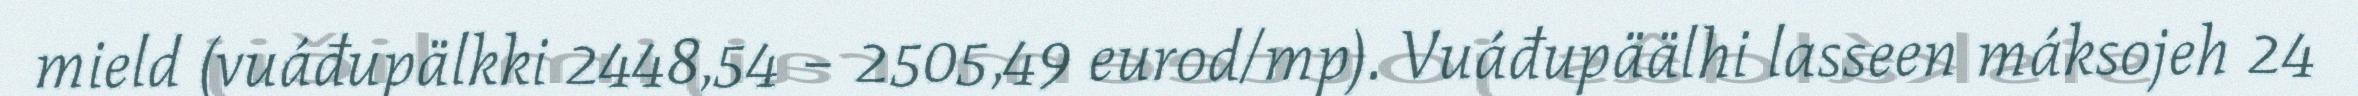
mield (vuáđupälkki 2448,54 – 2505,49 eurod/mp). Vuáđupäälhi lasseen máksojeh 24